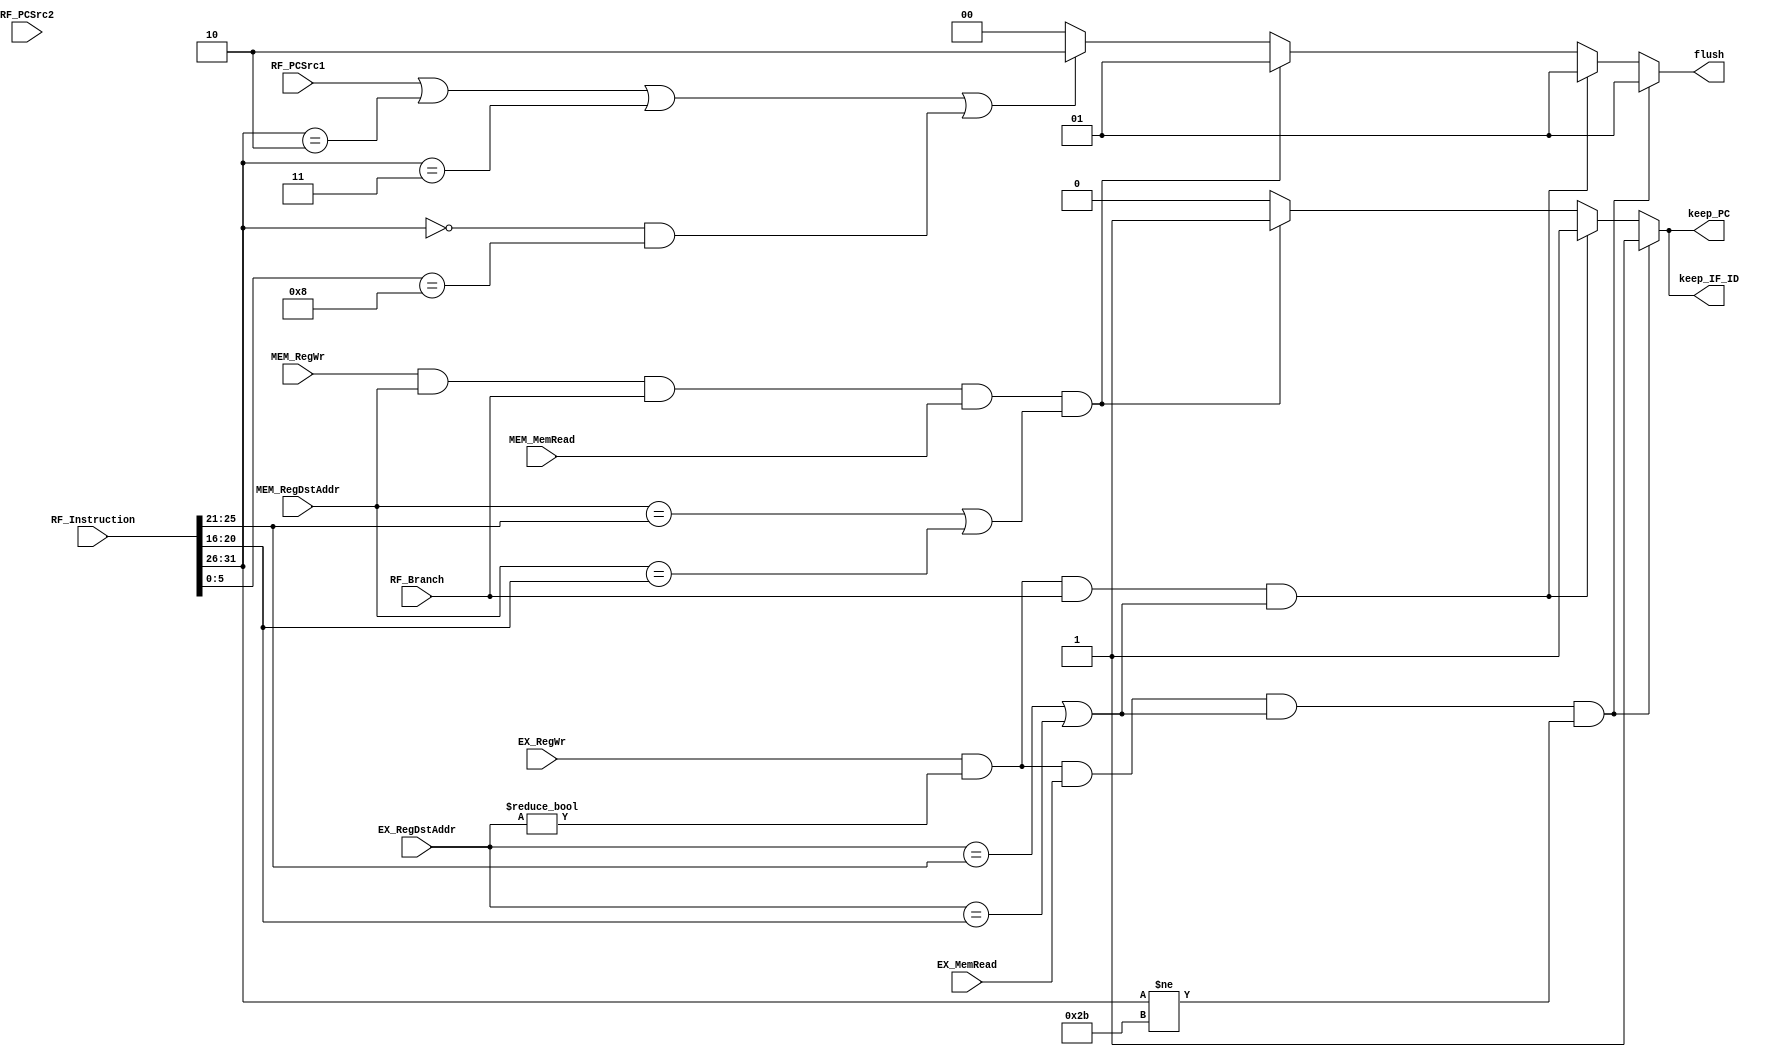
`timescale 1ns / 1ps
//////////////////////////////////////////////////////////////////////////////////
// Company: 
// Engineer: 
// 
// Design Name: 
// Module Name: Hazard_Unit
// Project Name: 
// Target Devices: 
// Tool Versions: 
// Description: 
// 
// Dependencies: 
// 
// Revision:
// Revision 0.01 - File Created
// Additional Comments:
// 
//////////////////////////////////////////////////////////////////////////////////


module Hazard_Unit(
//input
    //for load-use
    input EX_MemRead,
    input [32 -1:0] RF_Instruction,
    //input [5 -1:0] EX_rt,
    //for beq RAW
    input RF_Branch,
    input EX_RegWr,
    input [5 -1:0] EX_RegDstAddr,
    //for beq load-use
    input MEM_RegWr,
    input MEM_RegDstAddr,
    input MEM_MemRead,
    //for beq&j-type
    input RF_PCSrc1,//beq?
    input [2 -1:0] RF_PCSrc2,//j?,0jump
        //output
    output reg keep_IF_ID,
    output reg keep_PC,
    output reg [2 -1:0] flush 
    );
    
    parameter J = 6'b000010;
    parameter JAL = 6'b000011;
    parameter JR_FUNCT = 6'b001000;
    parameter SW = 6'b101011;
    
    always @(*) begin
        //load-useload-store
        if(EX_RegWr && EX_RegDstAddr != 5'b00000 && EX_MemRead &&(EX_RegDstAddr == RF_Instruction[25:21] || EX_RegDstAddr == RF_Instruction[20:16]) && (RF_Instruction[31:26] != SW))
        begin
            keep_IF_ID <= 1'b1;
            keep_PC <= 1'b1;
            flush <= 2'b01;//flush ID/EX
        end
        //beq RAW
        else if(EX_RegWr && EX_RegDstAddr != 5'b00000 && RF_Branch && (EX_RegDstAddr == RF_Instruction[25:21] || EX_RegDstAddr == RF_Instruction[20:16]))
        begin
            keep_IF_ID <= 1'b1;
            keep_PC <= 1'b1;
            flush <= 2'b01;//flush ID/EX
        end
        //beq load-use:
        else if(MEM_RegWr && MEM_RegDstAddr != 5'b00000 && RF_Branch && MEM_MemRead && (MEM_RegDstAddr == RF_Instruction[25:21] || MEM_RegDstAddr == RF_Instruction[20:16]))
        begin
            keep_IF_ID <= 1'b1;
            keep_PC <= 1'b1;
            flush <= 2'b01;//flush ID/EX
        end
        //beq & j-type
        else if(RF_PCSrc1 || RF_Instruction[31:26] == J || RF_Instruction[31:26] == JAL
        || (RF_Instruction[31:26] == 6'b000000 && RF_Instruction[5:0] == JR_FUNCT))
        begin
            keep_IF_ID <= 1'b0;
            keep_PC <= 1'b0;
            flush <= 2'b10;//flush IF/ID
        end
        else
        begin
            keep_IF_ID <= 1'b0;
            keep_PC <= 1'b0;
            flush <= 2'b00;
        end
    end
    
endmodule